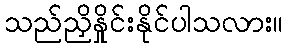
သည်ညှိနှိုင်းနိုင်ပါသလား။